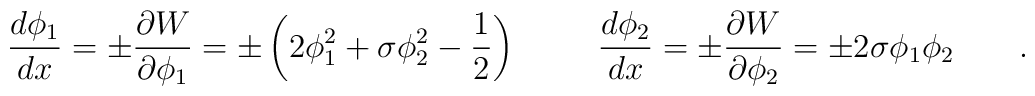
\frac{d \phi_1}{dx}=\pm\frac{\partial W}{\partial \phi_1}=\pm\left( 2 \phi_1^2+ \sigma \phi_2^2-\frac{1}{2}\right) \hspace{1cm}\frac{d \phi_2}{dx}=\pm\frac{\partial W}{\partial \phi_2}=\pm 2\sigma \phi_1 \phi_2 \qquad .